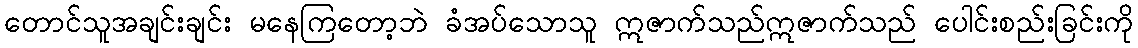
တောင်သူအချင်းချင်း မနေကြတော့ဘဲ ခံအပ်သောသူ ဣဇာက်သည်ဣဇာက်သည် ပေါင်းစည်းခြင်းကို